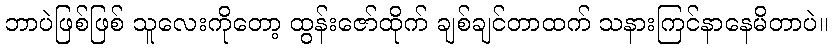
ဘာပဲဖြစ်ဖြစ် သူလေးကိုတော့ ထွန်းဇော်ထိုက် ချစ်ချင်တာထက် သနားကြင်နာနေမိတာပဲ။